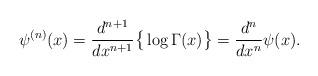
LaTeX: \begin{align*}\psi^{(n)}(x)=\frac{d^{n+1}}{dx^{n+1}}\big\{\log\Gamma(x)\big\}=\frac{d^{n}}{dx^{n}}\psi(x). \end{align*}